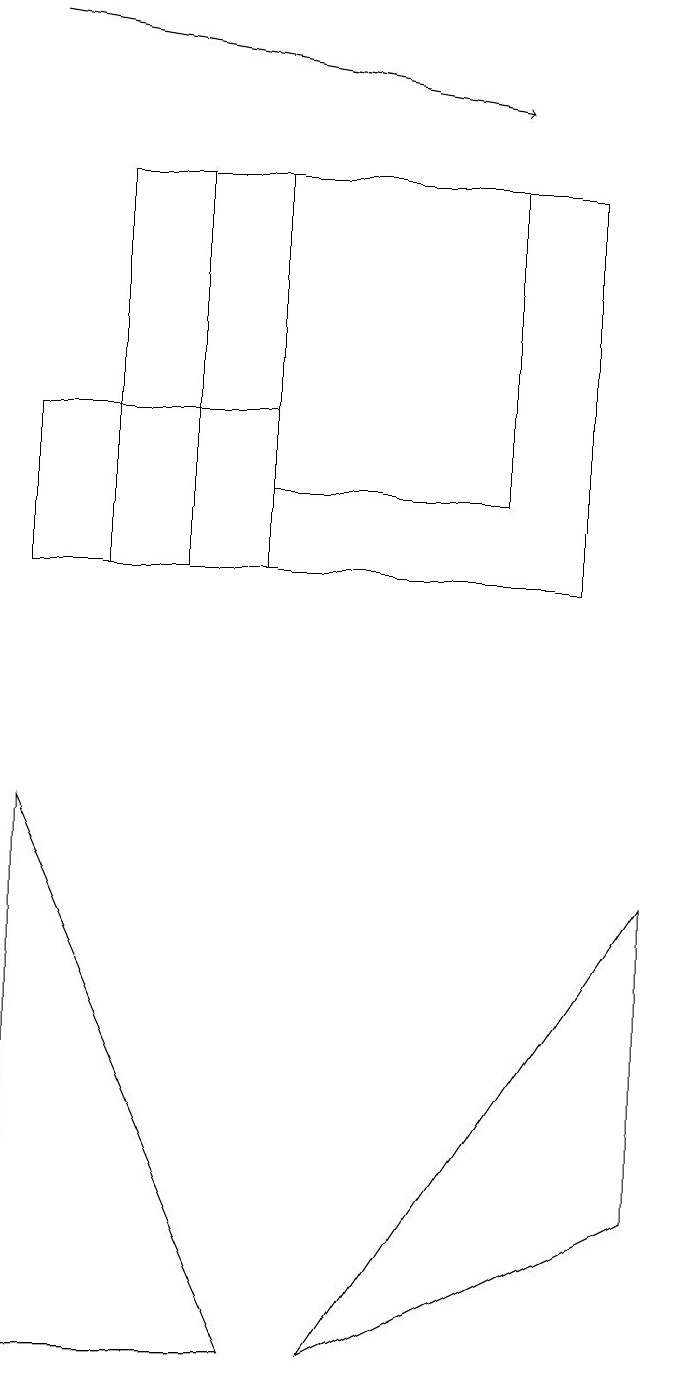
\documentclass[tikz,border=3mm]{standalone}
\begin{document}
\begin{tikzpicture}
\draw (4,10) rectangle (1,12);
\draw (2,10) rectangle (8,15);
\draw (1,0) -- (1,7) -- (4,0) -- cycle;
\draw[->] (1,17) -- (7,16);
\draw (5,0) -- (9,6) -- (9,2) -- cycle;
\draw (3,10) rectangle (3,15);
\draw (4,12) rectangle (4,15);
\draw (7,15) rectangle (4,11);
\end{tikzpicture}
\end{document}